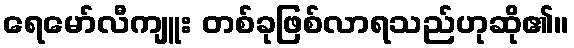
ရေမော်လီကျူး တစ်ခုဖြစ်လာရသည်ဟုဆို၏။